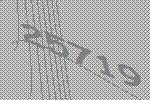
25719